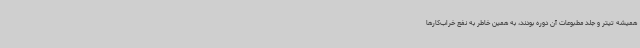
همیشه تیتر و جلد مطبوعات آن دوره بودند، به همین خاطر به نفع خراب‌کارها